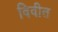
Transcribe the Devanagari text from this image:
विवीत